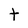
Character: t